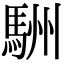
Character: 駲